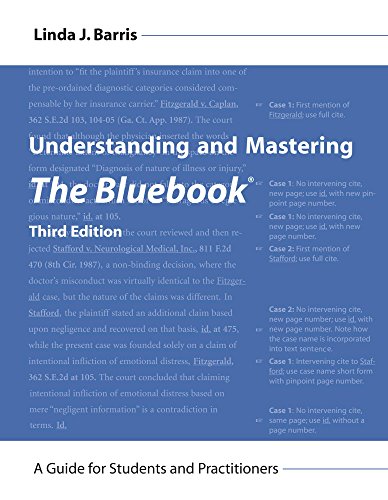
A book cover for Understanding and Mastering The Bluebook: A Guide for Students and Practitioners, Third Edition; Linda J. Barris; Law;